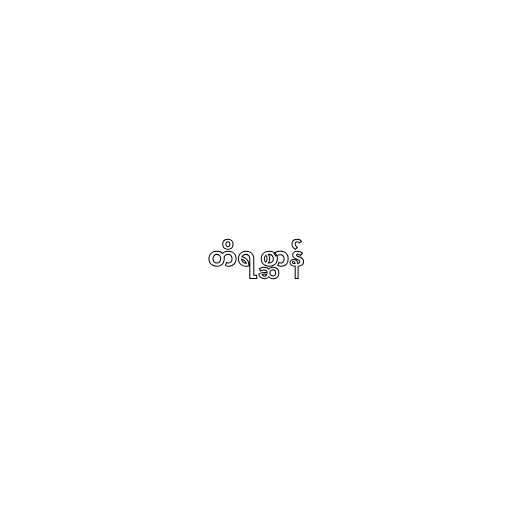
တိရစ္ဆာန်